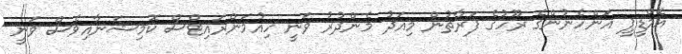
އެމްޑީޕީ އަންހެނުންގެ ރޫހުގެ ފަރާތުން މިއަދު މެންދުރު ވަނީ ހިއުމަންރައިޓްސް ކޮމިޝަނާއިވެސް ވަނީ